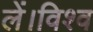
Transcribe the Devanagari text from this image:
लें।विश्व